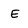
Character: E